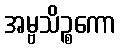
အမ္ဗသိဉ္စကော